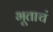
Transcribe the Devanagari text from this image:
भूताचं